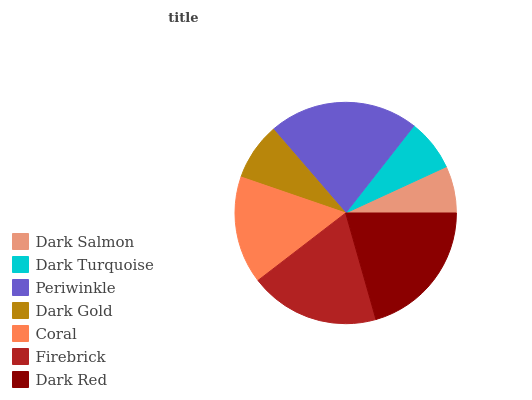
| Dark Salmon | Dark Turquoise | Periwinkle | Dark Gold | Coral | Firebrick | Dark Red |
 | --- | --- | --- | --- | --- | --- | --- |
 | 6.86% | 7.56% | 22% | 8.41% | 15.7% | 18.9% | 20.5% |